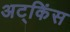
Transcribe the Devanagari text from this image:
अट्किंस